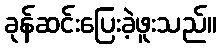
ခုန်ဆင်းပြေးခဲ့ဖူးသည်။